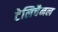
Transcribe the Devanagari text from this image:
टेलिचैनल